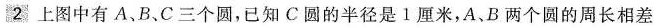
2 上图中有A、B、C三个圆，已知C圆的半径是1厘米，A、B两个圆的周长相差